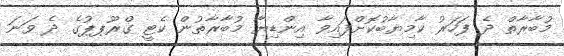
މުބާރާތް ދެ ފަހަރު ކާމިޔާބުކޮށްފައިވާ އިންޑިޔާ މުބާރާތުން ކެޓީ ގްރޫޕޕުގެ ދެ ވަނަ